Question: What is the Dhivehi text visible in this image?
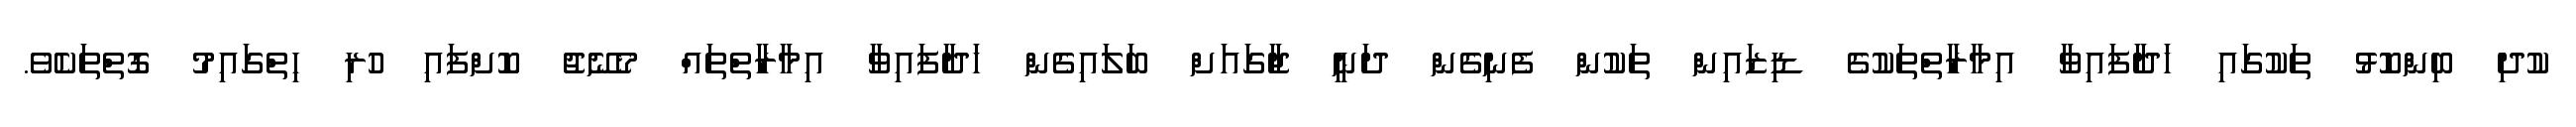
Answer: ކުދި ބިންކޮޅު ތަކުގައި ހަދާފައިވާ އިމާރާތްތަކުގެ ޑިޒައިން ތަކުން ފެނިގެން ދަނީ ޖާގައަށް ބަލައިގެން ހަދާފައިވާ އިމާރާތްތައް މެނޭޖު ކޮށްފައި ހުރި ހިތްގައިމު ގޮތްތަކެވެ.